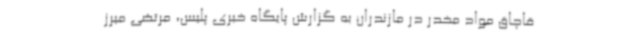
قاچاق مواد مخدر در مازندران به گزارش پایگاه خبری پلیس، مرتضی میرز